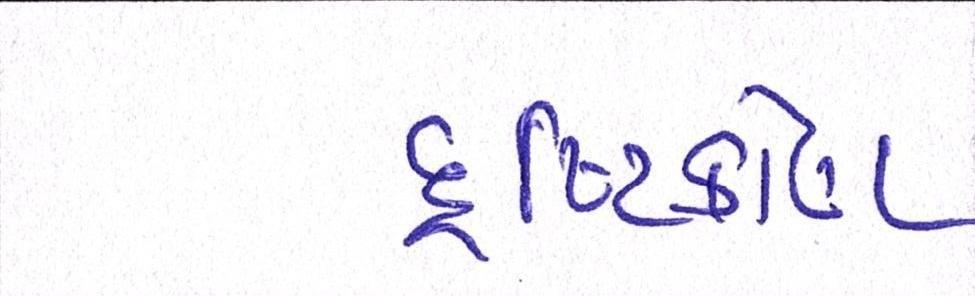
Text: દૃષ્ટિકોણ